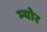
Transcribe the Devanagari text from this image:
म्‍योर